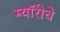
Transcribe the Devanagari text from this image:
म्यॉरीचे